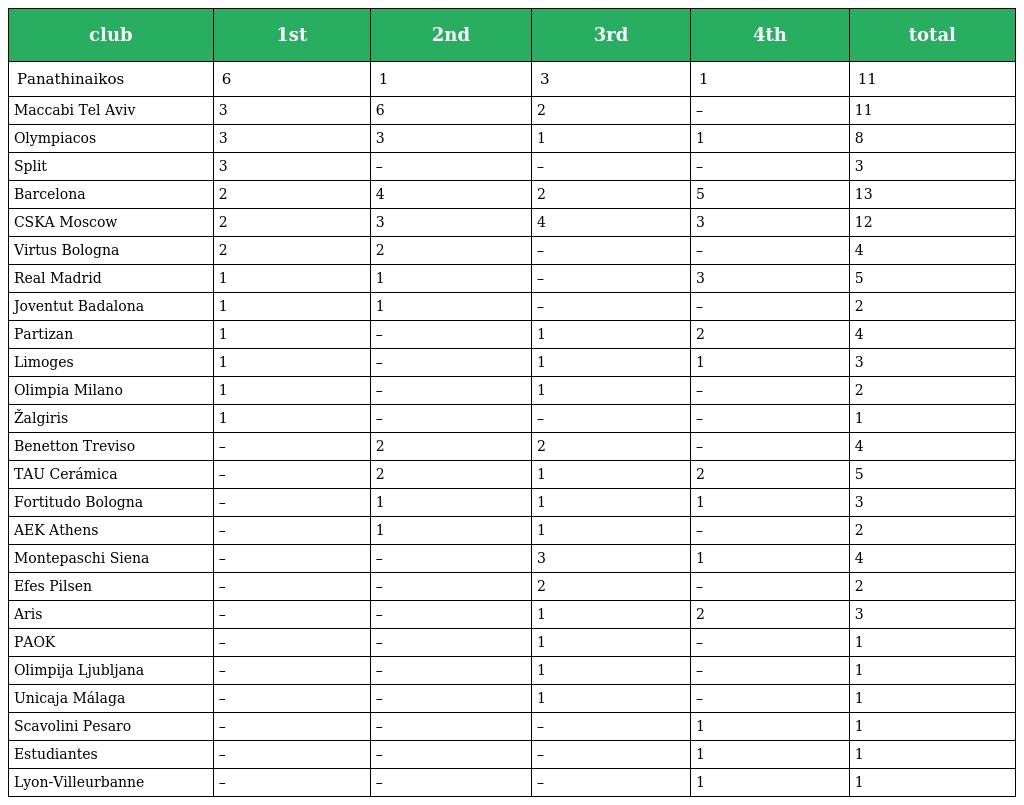
| club | 1st | 2nd | 3rd | 4th | total |
 | --- | --- | --- | --- | --- | --- |
 | Panathinaikos | 6 | 1 | 3 | 1 | 11 |
 | Maccabi Tel Aviv | 3 | 6 | 2 | – | 11 |
 | Olympiacos | 3 | 3 | 1 | 1 | 8 |
 | Split | 3 | – | – | – | 3 |
 | Barcelona | 2 | 4 | 2 | 5 | 13 |
 | CSKA Moscow | 2 | 3 | 4 | 3 | 12 |
 | Virtus Bologna | 2 | 2 | – | – | 4 |
 | Real Madrid | 1 | 1 | – | 3 | 5 |
 | Joventut Badalona | 1 | 1 | – | – | 2 |
 | Partizan | 1 | – | 1 | 2 | 4 |
 | Limoges | 1 | – | 1 | 1 | 3 |
 | Olimpia Milano | 1 | – | 1 | – | 2 |
 | Žalgiris | 1 | – | – | – | 1 |
 | Benetton Treviso | – | 2 | 2 | – | 4 |
 | TAU Cerámica | – | 2 | 1 | 2 | 5 |
 | Fortitudo Bologna | – | 1 | 1 | 1 | 3 |
 | AEK Athens | – | 1 | 1 | – | 2 |
 | Montepaschi Siena | – | – | 3 | 1 | 4 |
 | Efes Pilsen | – | – | 2 | – | 2 |
 | Aris | – | – | 1 | 2 | 3 |
 | PAOK | – | – | 1 | – | 1 |
 | Olimpija Ljubljana | – | – | 1 | – | 1 |
 | Unicaja Málaga | – | – | 1 | – | 1 |
 | Scavolini Pesaro | – | – | – | 1 | 1 |
 | Estudiantes | – | – | – | 1 | 1 |
 | Lyon-Villeurbanne | – | – | – | 1 | 1 |